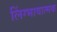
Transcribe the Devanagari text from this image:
लिंग्भावात्मक